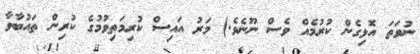
ނުވަތަ އޮޅިގެން ކުރުމެއް ވެސް ނޫނެވެ.) މަރު އައިސް ކުރިމަތިވުމުގެ ކުރިން ތައުބާވާ